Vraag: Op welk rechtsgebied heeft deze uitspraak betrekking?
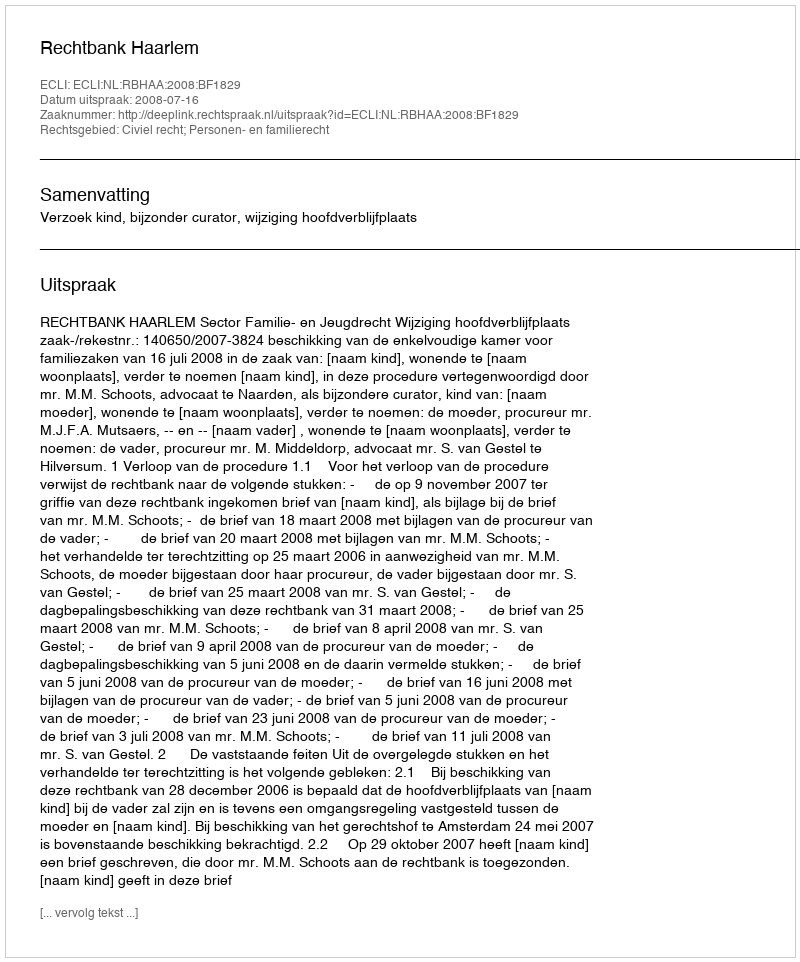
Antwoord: Civiel recht; Personen- en familierecht